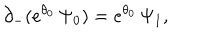
\partial _ { - } ( e ^ { \theta _ { 0 } } \, \Psi _ { 0 } ) = e ^ { \theta _ { 0 } } \, \Psi _ { 1 } ,